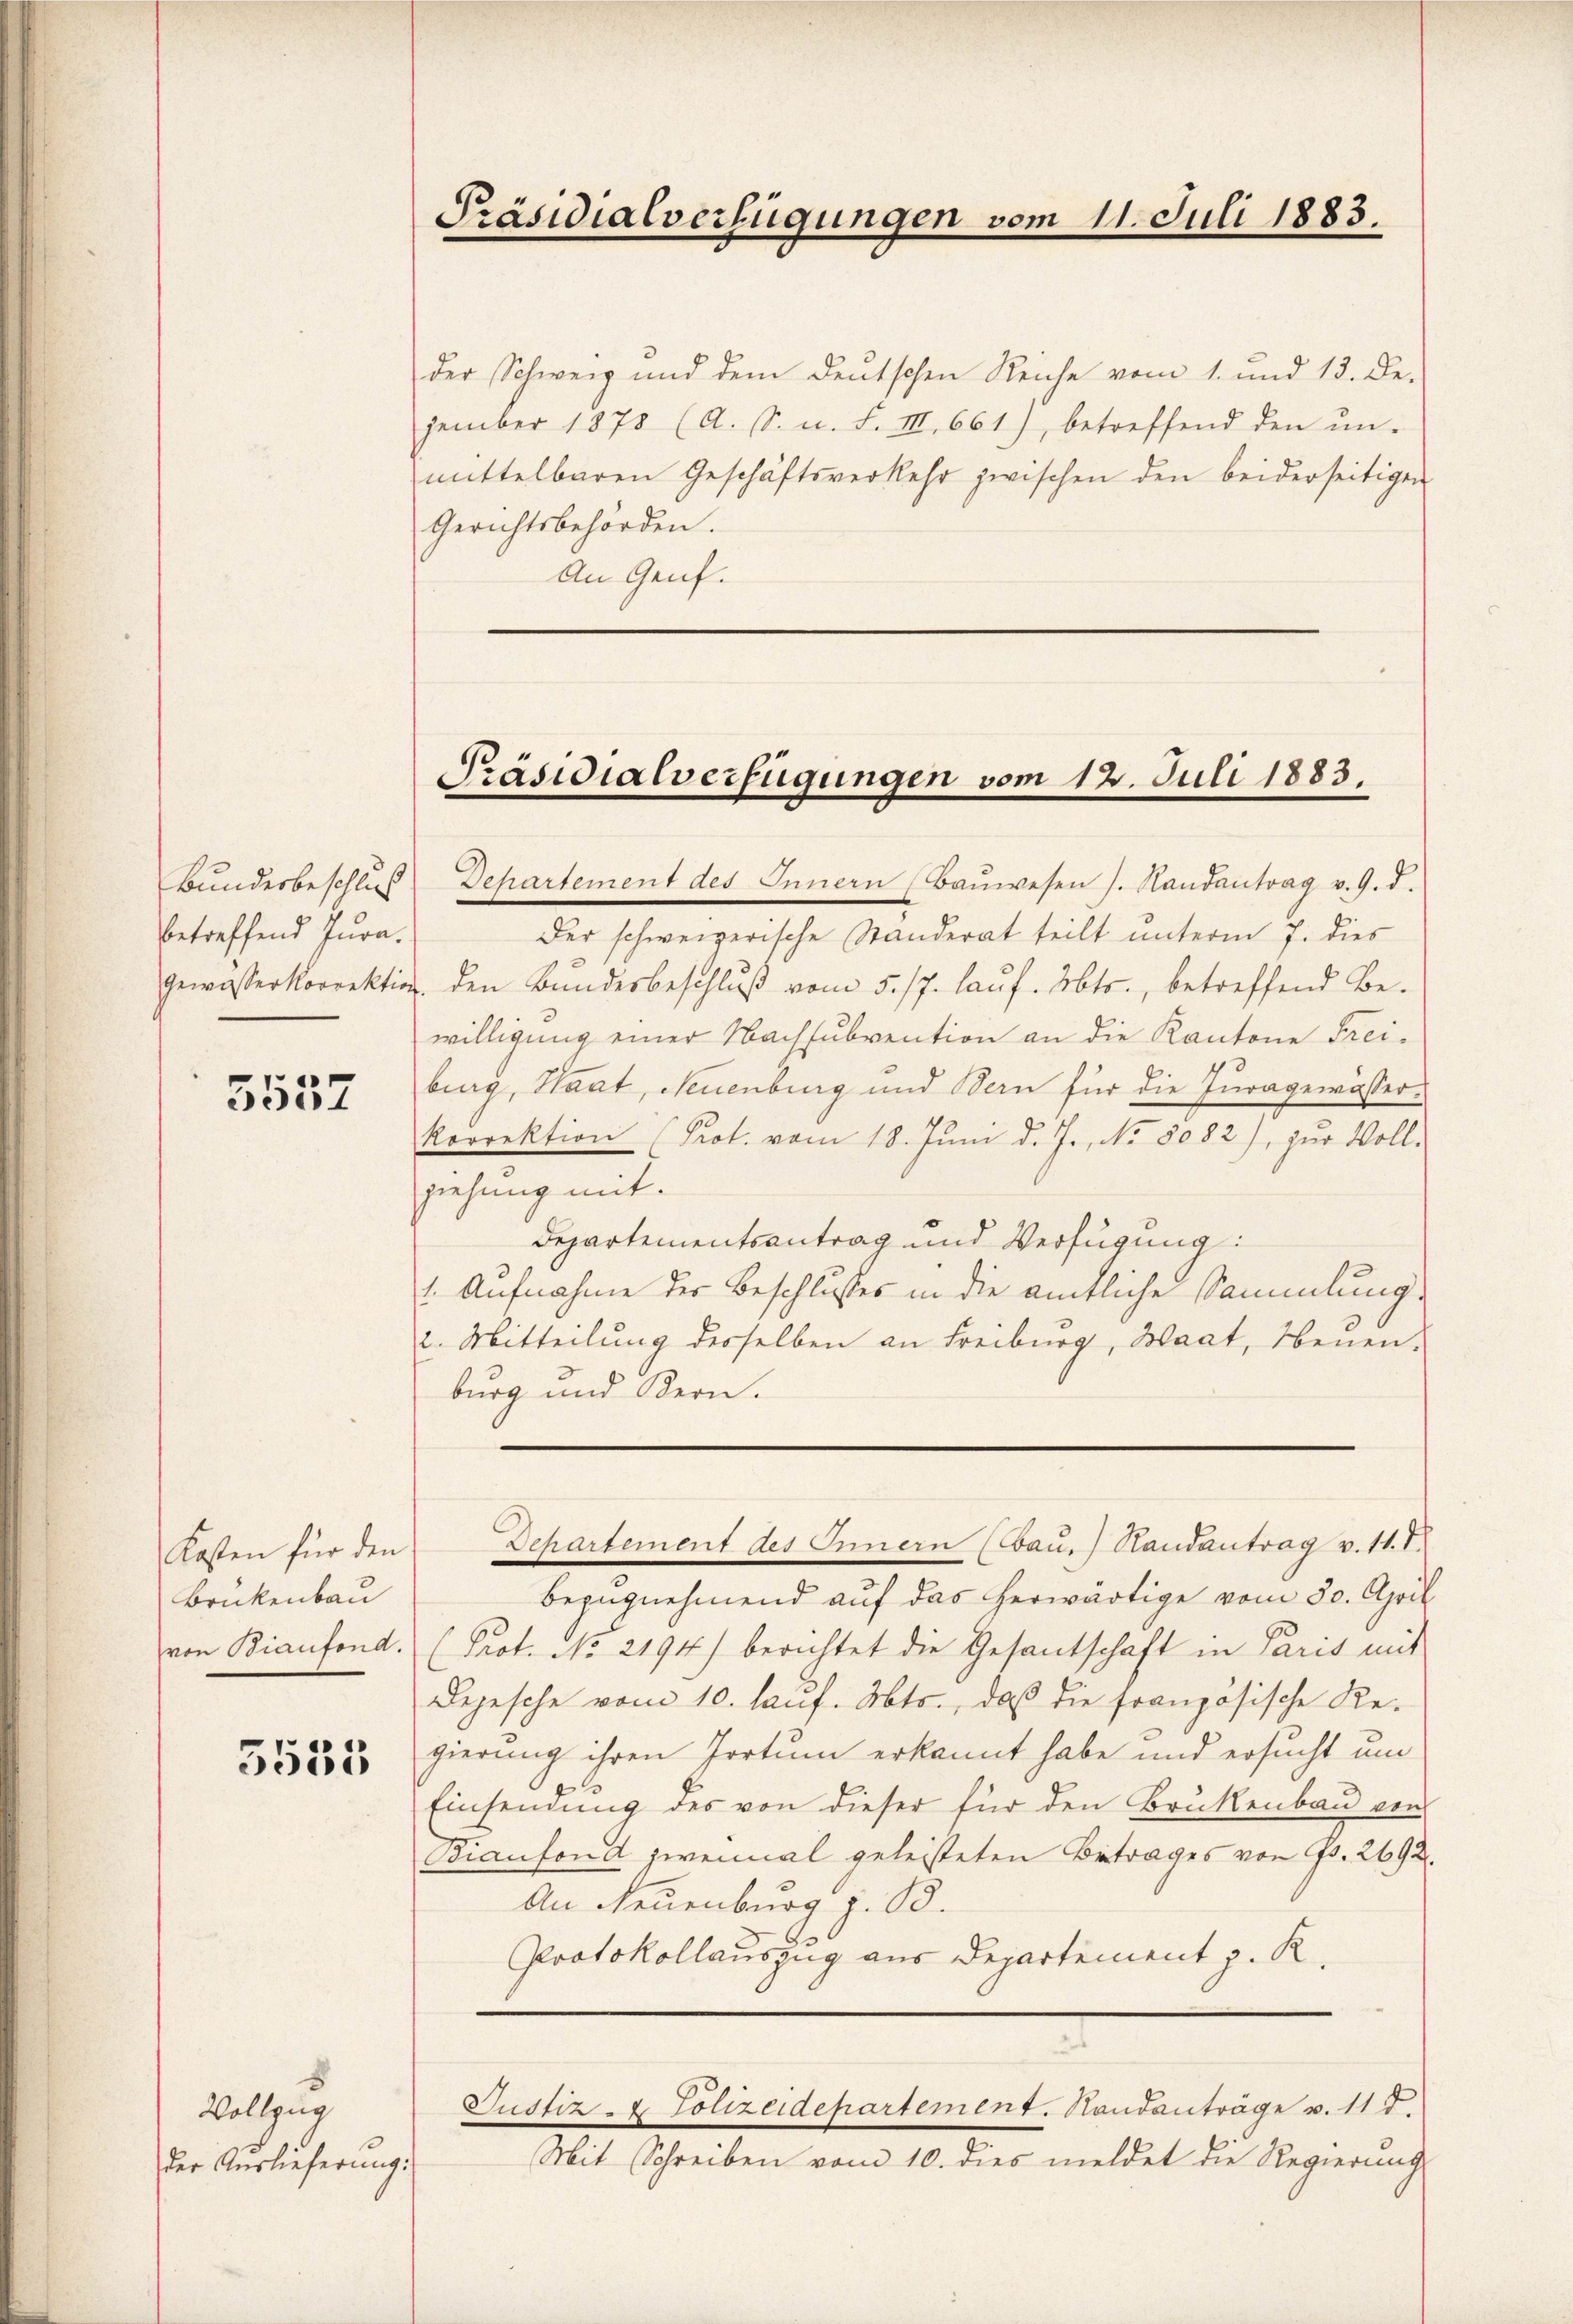
Bunderbeschluß
betreffend Jura¬

5537

Kosten für den
Brükenbau
von Biaufond.

3535

Vollzug
der Auslieferung.

der Schweiz und dem deutschen Reiche vom 1. und 13. De-
zember 1878 (A. S. n. F. III 661), betreffend den ŭn-
mittelbaren Geschäftsverkehr zwischen den beiderseitigen
Gerichtsbehörden.
An Genf.

Präsidialverfügungen vom 11. Juli 1883.

Präsidialverfügungen vom 12. Juli 1883.

Departement des Innern (Baŭwesen J. Handantrag v. 9. d.
Der schweizerische Standerat teilt unterm 7. dies
gewasserkorrektion den Bundesbeschlŭβ vom 5. 17. laŭf. Mts., betreffend Be-
willigung einer Nachsubvention an die Kantone Frei-
burg, Staat, Neuenburg und Bern für die Juragewässerkorrektion (Prot. vom 18. Juni d. J., No 8082), zur Voll-
ziehung mit.
Departementsantrag und Verfügung:
1. Aufnahme der Beschlusses in die amtliche Sammlung
2. Mitteilung derselben an Freiburg, Baat, Neuen-
burg und Kern.

Bezugnehmend auf das herwärtige vom 30. April
(Prot. No 2194) berichtet die Gesantschaft in Paris mit
Depesche vom 10. lauf. Mts., daß die französische Regierung ihren Portum erkannt habe und ersucht um
Einsendung des von dieser für den Brukenbau ein
Biaufond zweimal geleisteten Betrages von Fr. 2692.
An Neuenburg z. B.
Protokollauszug aus Departement z. R.
Justiz- & Polizeidepartement. Standanträge v. 117.
Mit Schreiben vom 10. dies meldet die Regierung

Dchartement des Innern (Bau, Randantrag v. 11. I.